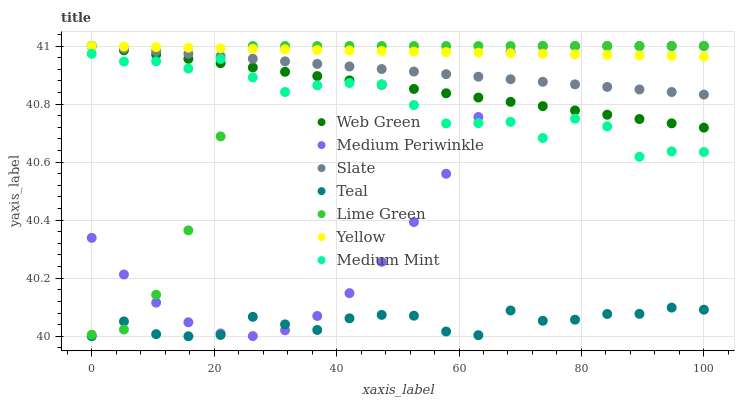
| xaxis_label | Web Green | Medium Periwinkle | Slate | Teal | Lime Green | Yellow | Medium Mint |
 | --- | --- | --- | --- | --- | --- | --- | --- |
 | 0 | 41 | 40.3 | 41 | 40 | 40 | 41 | 41 |
 | 5.26 | 41 | 40.2 | 41 | 40.1 | 40 | 41 | 40.9 |
 | 10.5 | 41 | 40.1 | 41 | 40 | 40.1 | 41 | 40.9 |
 | 15.8 | 41 | 40 | 41 | 40 | 40.4 | 41 | 40.9 |
 | 21.1 | 40.9 | 40 | 41 | 40 | 40.7 | 41 | 41 |
 | 26.3 | 40.9 | 40 | 41 | 40.1 | 41 | 41 | 40.9 |
 | 31.6 | 40.9 | 40 | 40.9 | 40 | 41 | 41 | 40.8 |
 | 36.8 | 40.9 | 40.1 | 40.9 | 40 | 41 | 41 | 40.9 |
 | 42.1 | 40.9 | 40.1 | 40.9 | 40.1 | 41 | 41 | 40.9 |
 | 47.4 | 40.9 | 40.3 | 40.9 | 40.1 | 41 | 41 | 40.9 |
 | 52.6 | 40.9 | 40.4 | 40.9 | 40.1 | 41 | 41 | 40.8 |
 | 57.9 | 40.8 | 40.6 | 40.9 | 40 | 41 | 41 | 40.7 |
 | 63.2 | 40.8 | 40.8 | 40.9 | 40 | 41 | 41 | 40.7 |
 | 68.4 | 40.8 | 41 | 40.9 | 40.1 | 41 | 41 | 40.7 |
 | 73.7 | 40.8 | 41 | 40.9 | 40.1 | 41 | 41 | 40.7 |
 | 78.9 | 40.8 | 41 | 40.9 | 40.1 | 41 | 41 | 40.7 |
 | 84.2 | 40.8 | 41 | 40.9 | 40.1 | 41 | 41 | 40.7 |
 | 89.5 | 40.7 | 41 | 40.9 | 40.1 | 41 | 41 | 40.6 |
 | 94.7 | 40.7 | 41 | 40.8 | 40.1 | 41 | 41 | 40.6 |
 | 100 | 40.7 | 41 | 40.8 | 40.1 | 41 | 41 | 40.6 |